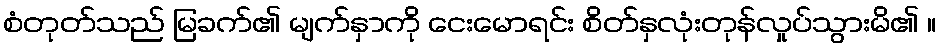
စံတုတ်သည် မြခက်၏ မျက်နှာကို ငေးမောရင်း စိတ်နှလုံးတုန်လှုပ်သွားမိ၏ ။